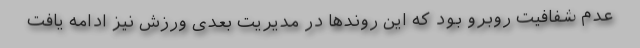
عدم شفافیت روبرو بود که این روندها در مدیریت بعدی ورزش نیز ادامه یافت